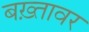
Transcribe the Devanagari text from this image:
बख़्तावर